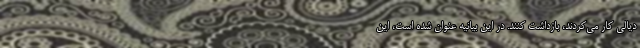
دیالی کار می‌کردند، بازداشت کنند. در این بیانیه عنوان شده است، این